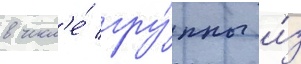
в числ'е́ гру́ппы и́з